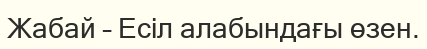
Жабай – Есіл алабындағы өзен.